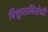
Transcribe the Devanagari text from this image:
विश्वासविरोधी